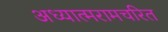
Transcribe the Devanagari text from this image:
अध्यात्मरामचरित